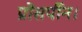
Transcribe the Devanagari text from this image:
प्रोसर्पीन।